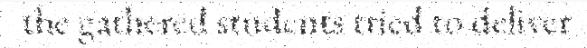
the gathered students tried to deliver